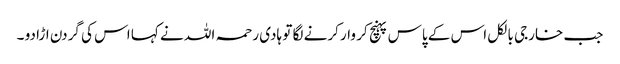
جب خارجی بالکل اس کے پاس پہنچ کر وار کرنے لگا تو ہادی رحمہ اللہ نے کہا اس کی گردن اڑا دو ۔